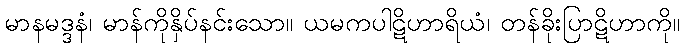
မာနမဒ္ဒနံ၊ မာန်ကိုနှိပ်နင်းသော။ ယမကပါဋိဟာရိယံ၊ တန်ခိုးပြာဋိဟာကို။